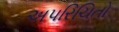
અપરિચિતો